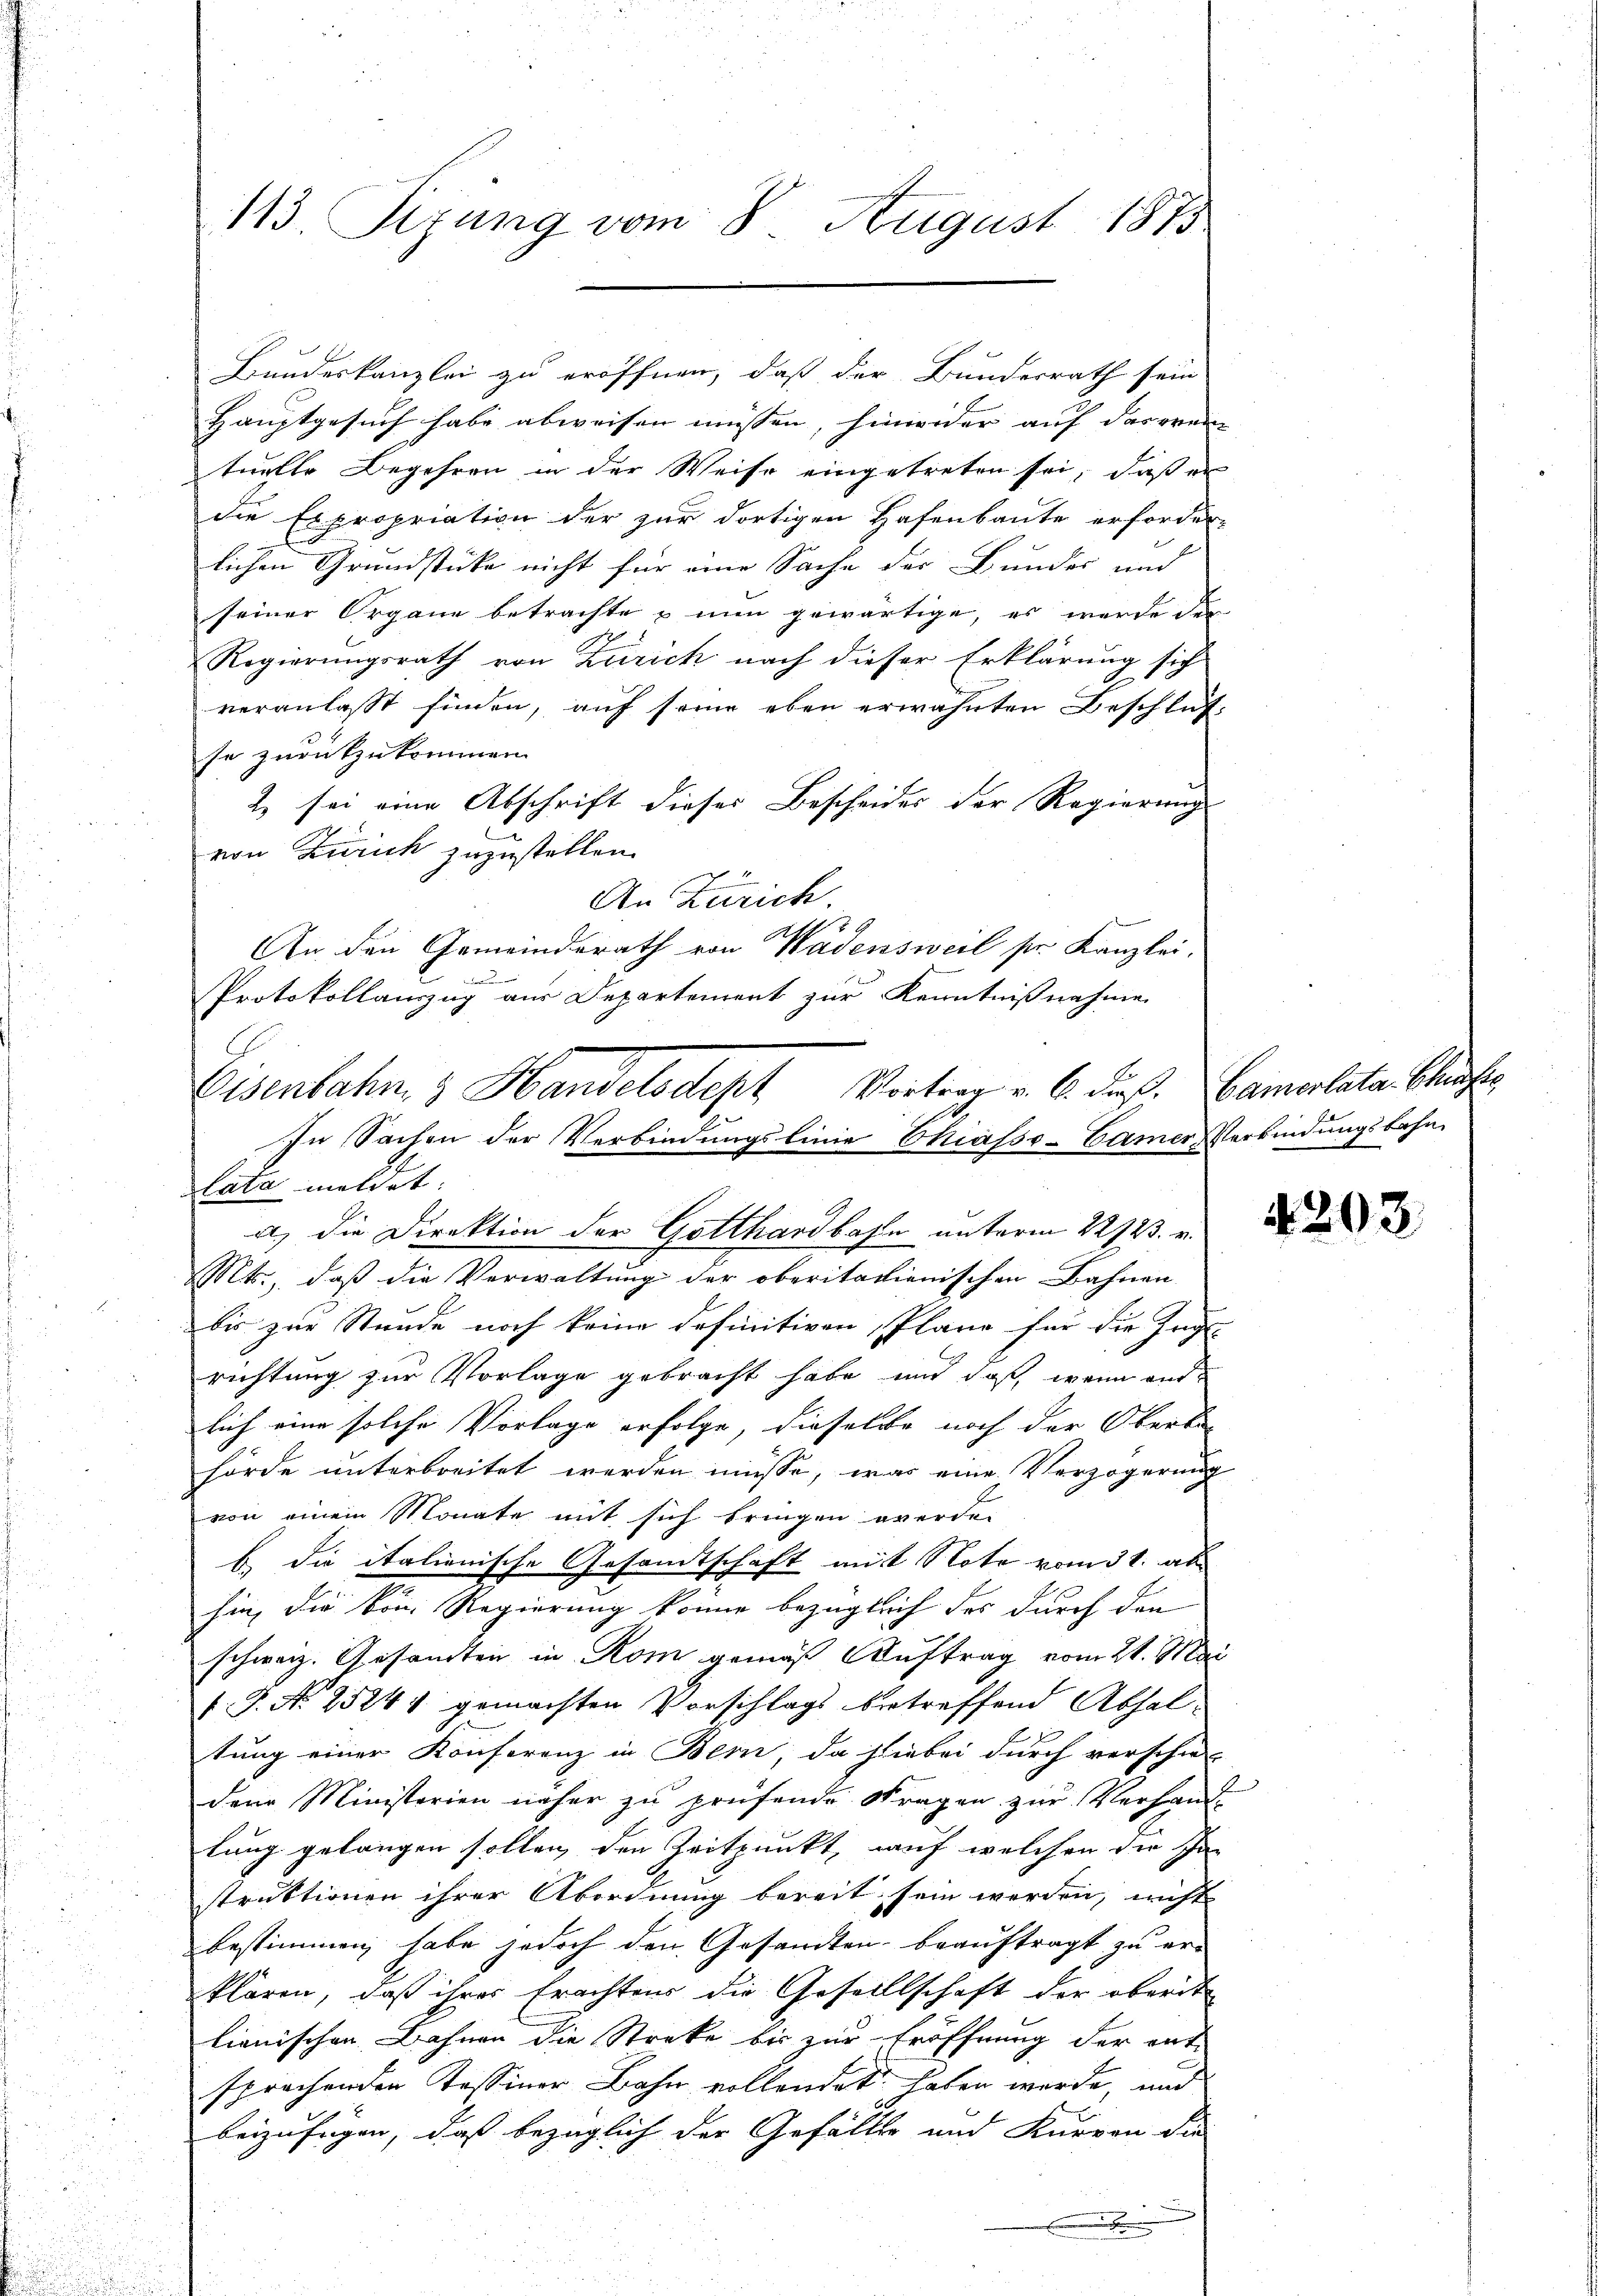
113. Sizung vom 8. August 1875

Hauptgesuch habe abweisen müssen, hinwider auf das erei
tuelle Begehren in der Weise eingetreten sei, daß er
die Expropriation der zur dortigen Hafenbaute erforder-
lichen Grundstücke nicht für eine Sache der Bundes und
seiner Organe betrachte & nun gewärtige, es werde der
Regierungsrath von Zürich nach dieser Erklärung sich
veranlasst finden, auf seine eben erwähnten Beschluß-
se zurückzukommen.
2 sei eine Abschrift dieses Bescheides der Regierung
1
von Zürich zuzustellen.
An Zürich.
1
An den Gemeinderath von Wädensweil sr. Kanzlei-
.
Mts., daß die Verwaltung der oberitationischen Bahnen
bis zur Stunde noch keine definitiven, Pläne für die Zugle
richtung zur Vorlage gebracht habe, und daß wenn aus
lich eine solche Vorlage erfolge, dieselbe noch der Oberbe-
hörde unterbreitet werden müsse, was eine Verzögerung
von einem Monate mit sich bringen werde.
b. die italienische Gesandtschaft mit Note vom 31. ab
hin, die von Regierung könne bezüglich des durch den
schweiz. Gesandten in Rom gemäß Auftrag vom 21. Mai
.P. No 2524. gemachten Vorschlags betreffend Abhaltung einer Konferenz in Bern, da hiebei durch verschie-
dene Ministerien näher zu prüfende Stragen zur Verhand-
lung gelangen sollen, den Zeitpunkt, auf welchen die Tha
struktionen ihrer Abordnung bereit sein werden, nicht
bestimmen, habe jedoch den Gesandten beauftragt zu er¬
Plären, daß ihres Erachtens die Gesellschaft der oberit
lionischen Bahnen die Streke bis zur Eröffnung der ent-
sprochenden Tessiner Bahn vollendet haben werde, und
beizufügen, daß bezüglich der Gefällte und Kurren die
.

Bundeskanzlei zu eröffnen, daß der Bundesrath sein

Protokollanzug aus Departement zur Kenntnißnahme
Eisenbahn, 3 Handelsdept Vortrag v. 6. dieß. Camertatar Chause
In Sachen der Verbindungslinie Chiasso-Camer Verbindungsbahn
lata meldet.
a) die Direktion der Gotthardbahn unterm 22/23. v.

4203